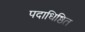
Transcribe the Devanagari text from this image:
पदाधिष्ठित